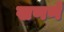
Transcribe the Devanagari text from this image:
खणणें